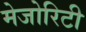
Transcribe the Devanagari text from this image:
मेजोरिटी